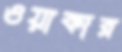
ওয়ার্কার